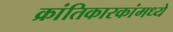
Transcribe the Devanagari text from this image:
क्रांतिकारकांमध्ये